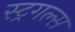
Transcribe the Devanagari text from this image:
स्ट्रगल्स